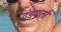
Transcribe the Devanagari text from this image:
दंडधर्ता